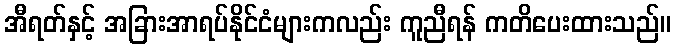
အီရတ်နှင့် အခြားအာရပ်နိုင်ငံများကလည်း ကူညီရန် ကတိပေးထားသည်။